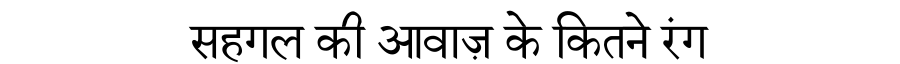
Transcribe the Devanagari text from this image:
सहगल की आवाज़ के कितने रंग